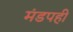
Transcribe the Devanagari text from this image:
मंडपही